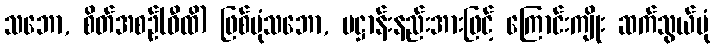
သဘော, စိတ်အစဉ်(ဝီထိ) ဖြစ်ပုံသဘော, ပဋ္ဌာန်းနည်းအားဖြင့် ကြောင်းကျိုး ဆက်သွယ်ပုံ